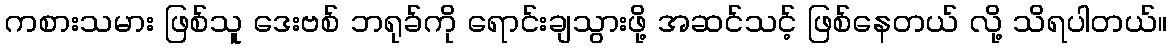
ကစားသမား ဖြစ်သူ ဒေးဗစ် ဘရုခ်ကို ရောင်းချသွားဖို့ အဆင်သင့် ဖြစ်နေတယ် လို့ သိရပါတယ်။